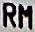
RM